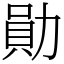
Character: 勛